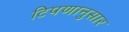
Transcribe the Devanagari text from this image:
टिपणानुसार